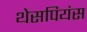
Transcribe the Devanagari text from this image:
थेसपियंस